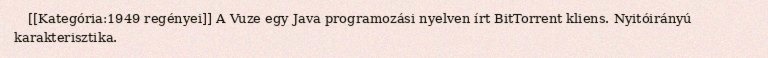
[[Kategória:1949 regényei]] A Vuze egy Java programozási nyelven írt BitTorrent kliens. Nyitóirányú karakterisztika.